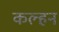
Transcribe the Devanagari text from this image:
कल्हन